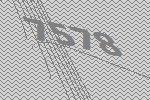
7578